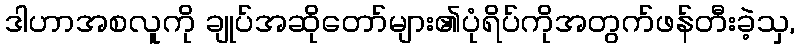
ဒါဟာအစလူကို ချုပ်အဆိုတော်များ၏ပုံရိပ်ကိုအတွက်ဖန်တီးခဲ့သှ,